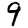
Digit: 9